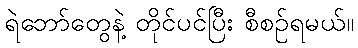
ရဲဘော်တွေနဲ့ တိုင်ပင်ပြီး စီစဉ်ရမယ်။